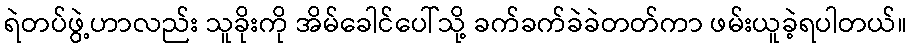
ရဲတပ်ဖွဲ့ဟာလည်း သူခိုးကို အိမ်ခေါင်ပေါ်သို့ ခက်ခက်ခဲခဲတတ်ကာ ဖမ်းယူခဲ့ရပါတယ်။